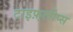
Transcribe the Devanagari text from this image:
टाइफ़्लोप्स